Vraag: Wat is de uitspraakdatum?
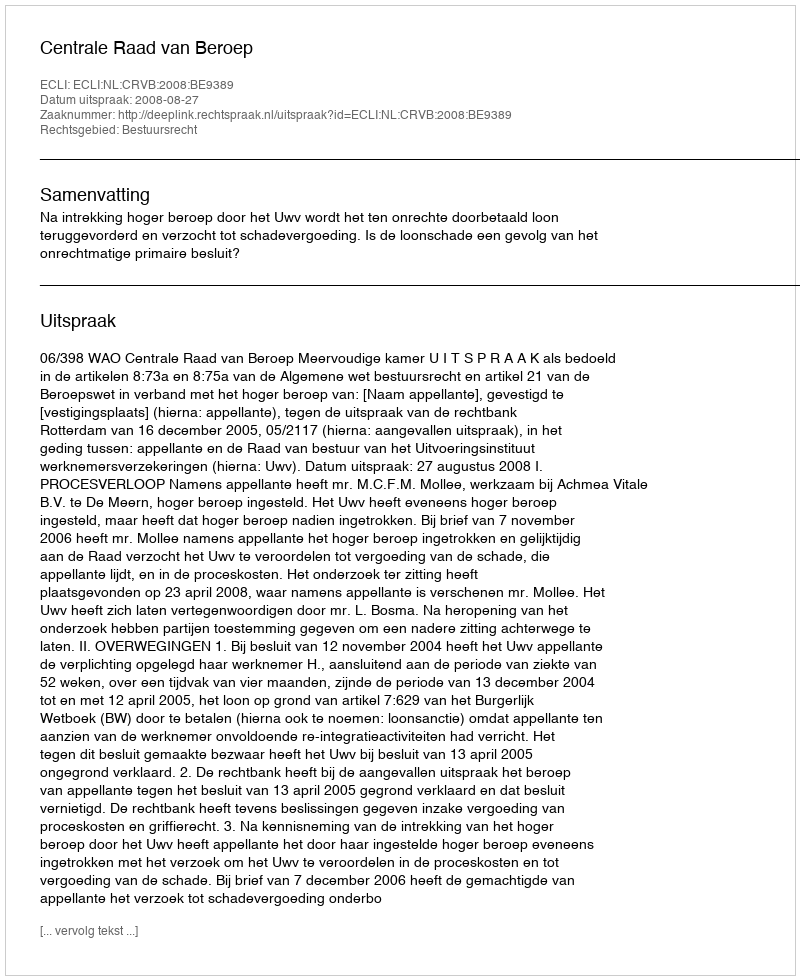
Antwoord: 2008-08-27